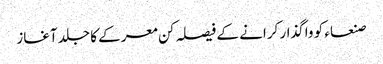
صنعاء کو واگذار کرانے کے فیصلہ کن معرکے کا جلد آغاز